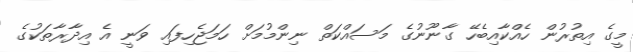
މީގެ އިތުރުން ހެއްކާއިބެހޭ ގާނޫނުގެ މަސައްކަތް ނިންމުމަށް ހަމަޖެހިފައި ވަނީ އެ އިދާރާތަކުގެ